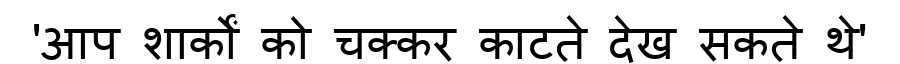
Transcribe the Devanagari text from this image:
'आप शार्कों को चक्कर काटते देख सकते थे'